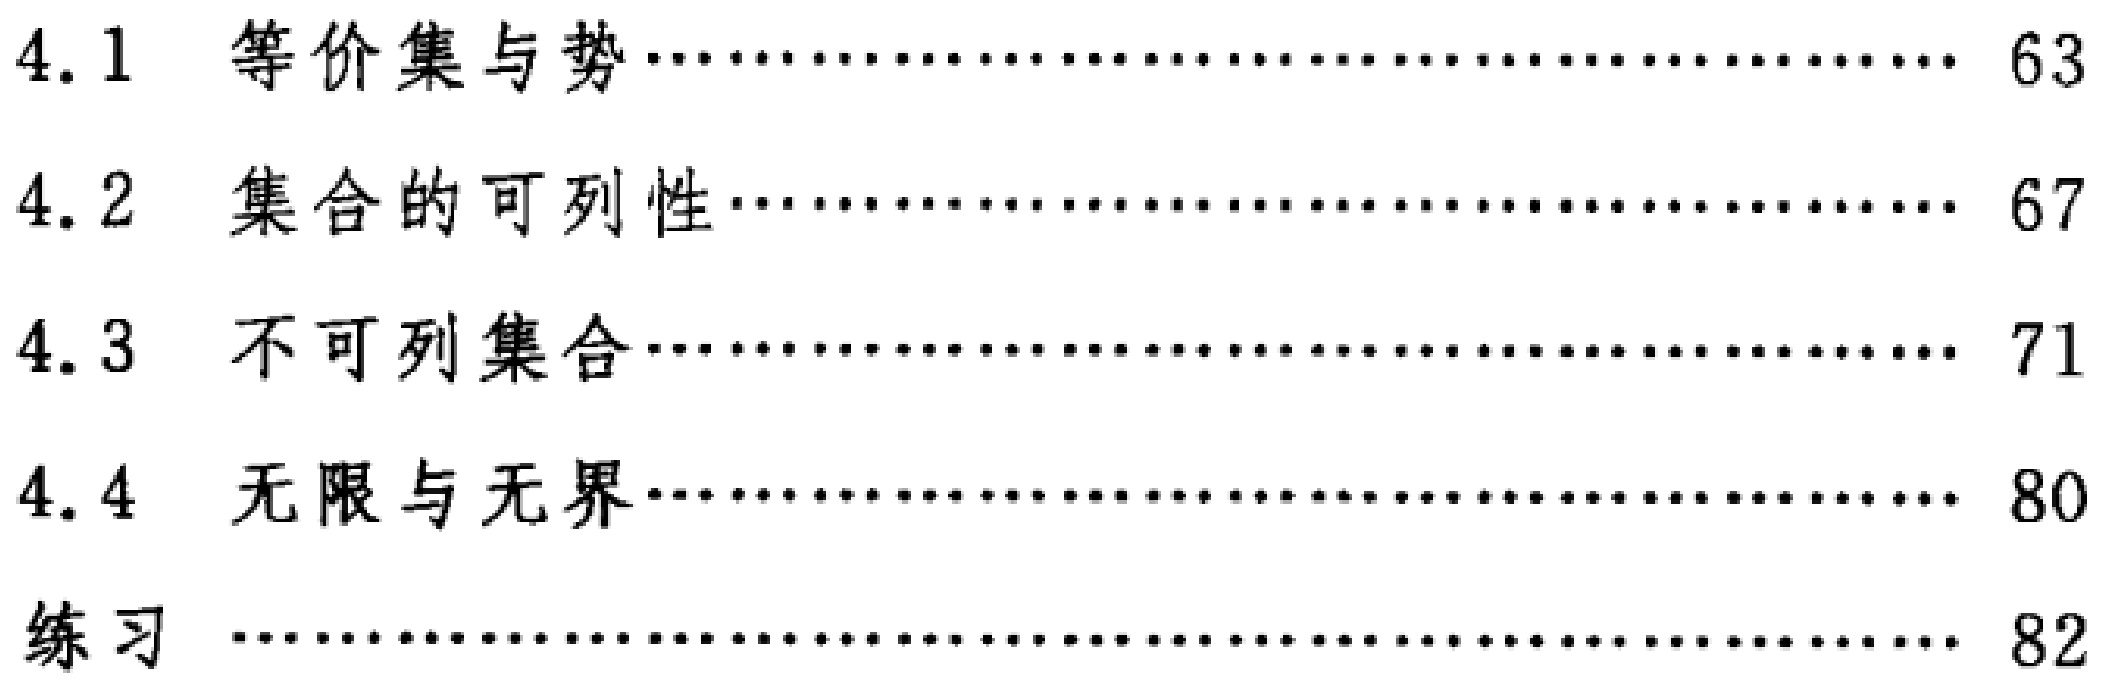
\begin{enumerate}

\item[4.1] 等价集与势\hfill 63

\item[4.2] 集合的可列性\hfill 67

\item[4.3] 不可列集合\hfill 71

\item[4.4] 无限与无界\hfill 80

\item[练习] \hfill 82

\end{enumerate}